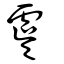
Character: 虞